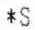
*S